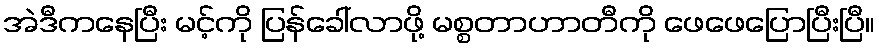
အဲဒီကနေပြီး မင့်ကို ပြန်ခေါ်လာဖို့ မစ္စတာဟာတီကို ဖေဖေပြောပြီးပြီ။